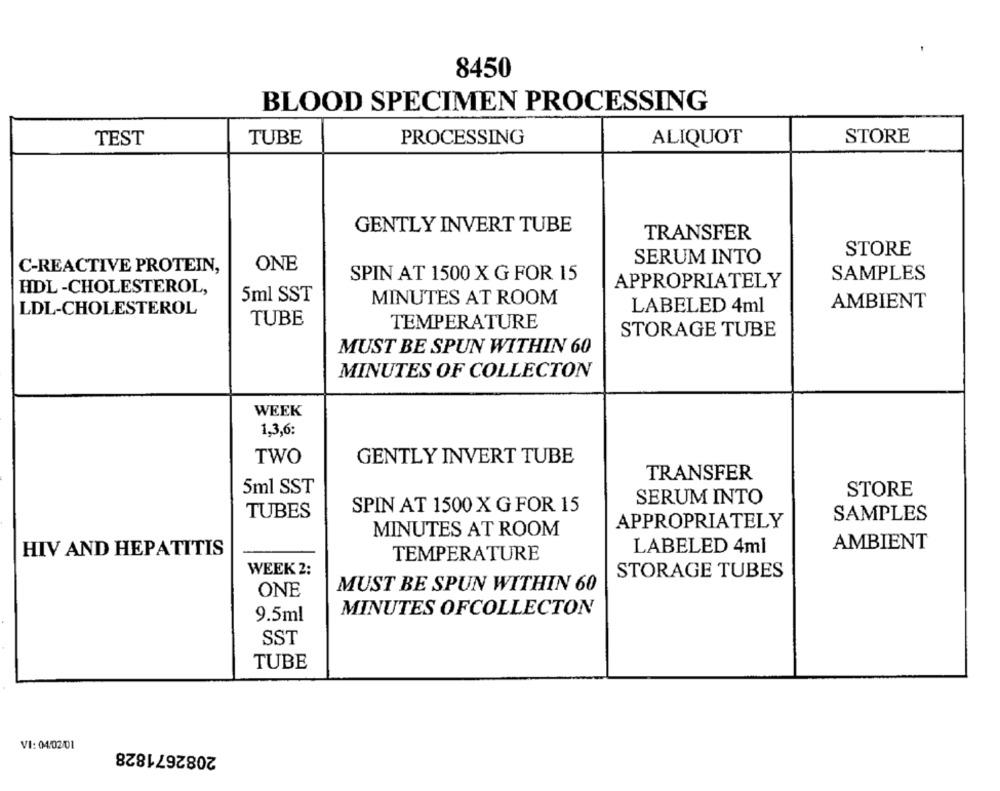
8450
BLOOD SPECIMEN PROCESSING
TEST
TUBE
PROCESSING
ALIQUOT
STORE
GENTLY INVERT TUBE
TRANSFER
STORE
SERUM INTO
C-REACTIVE PROTEIN,
ONE
SPIN AT 1500 X G FOR 15
SAMPLES
APPROPRIATELY
HDL -CHOLESTEROL,
5ml SST
MINUTES AT ROOM
AMBIENT
LDL-CHOLESTEROL
LABELED 4ml
TUBE
TEMPERATURE
STORAGE TUBE
MUST BE SPUN WITHIN 60
MINUTES OF COLLECTON
WEEK
1,3,6:
TWO
GENTLY INVERT TUBE
TRANSFER
5ml SST
SERUM INTO
STORE
TUBES
SPIN AT 1500 X G FOR 15
SAMPLES
APPROPRIATELY
MINUTES AT ROOM
AMBIENT
HIV AND HEPATITIS
LABELED 4ml
TEMPERATURE
WEEK 2:
STORAGE TUBES
MUST BE SPUN WITHIN 60
ONE
9.5ml
MINUTES OFCOLLECTON
SST
TUBE
2082671828
VI: 04/02/01